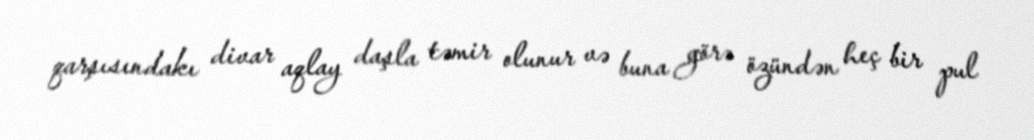
qarşısındakı divar aqlay daşla təmir olunur və buna görə özündən heç bir pul